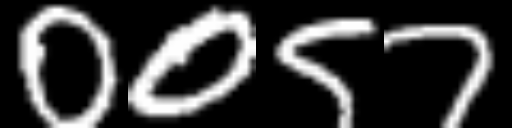
Text: 0057